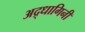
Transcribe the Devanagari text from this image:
अद्र्धागिनी